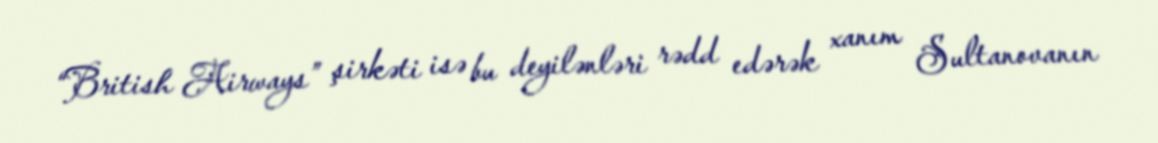
“British Airways” şirkəti isə bu deyilənləri rədd edərək xanım Sultanovanın